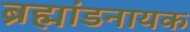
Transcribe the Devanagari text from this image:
ब्रह्मांडनायक